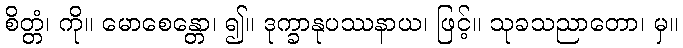
စိတ္တံ၊ ကို။ မောစေန္တော၊ ၍။ ဒုက္ခာနုပဿနာယ၊ ဖြင့်။ သုခသညာတော၊ မှ။